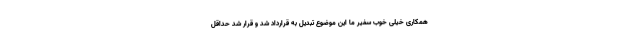
همکاری خیلی خوب سفیر ما این موضوع تبدیل به قرارداد شد و قرار شد حداقل